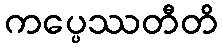
ကပ္ပေဿတီတိ